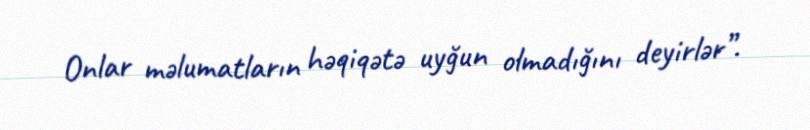
Onlar məlumatların həqiqətə uyğun olmadığını deyirlər”.